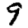
Digit: 9